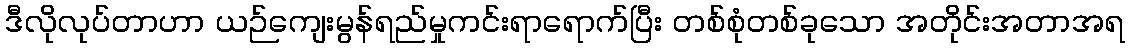
ဒီလိုလုပ်တာဟာ ယဉ်ကျေးမွန်ရည်မှုကင်းရာရောက်ပြီး တစ်စုံတစ်ခုသော အတိုင်းအတာအရ